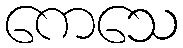
ကေသေ